Lunatic asylums Punjab 1911-1921 - 1911-1921
Year: 1911
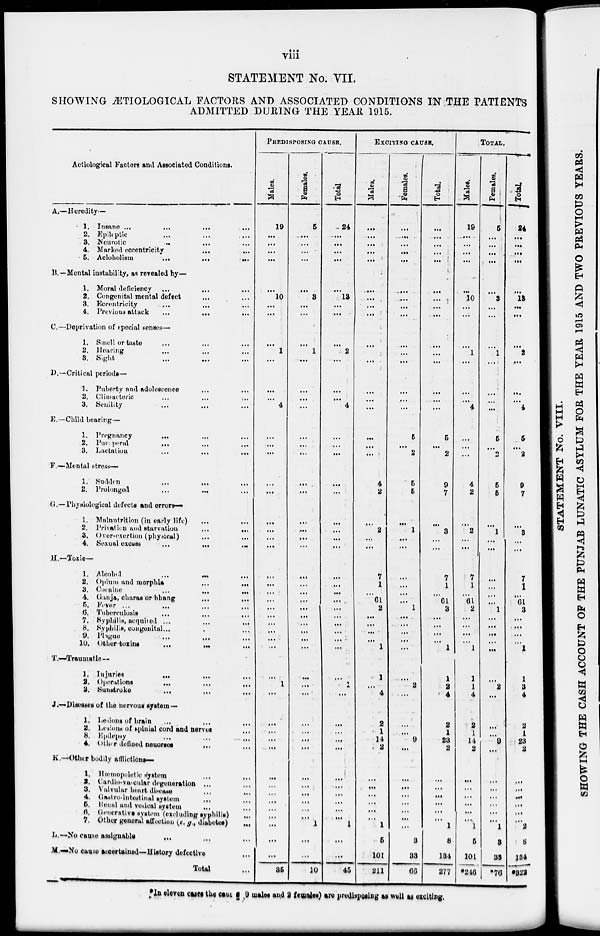
viii
STATEMENT No. VII.
SHOWING ÆTIOLOGICAL FACTORS AND ASSOCIATED CONDITIONS IN THE PATIENTS
ADMITTED DURING THE YEAR 1915.
Aetiological Factors and Associated Conditions.
A.—Heredity—
1. Insane ...
...
...
2. Epileptic ... ... ...
3. Neurotic
...
...
...
4. Marked eccentricity ... ...
6.
Alcoholism
...
...
...
B.—Mental instability, as revealed by—
1. Moral deficiency ... ... ...
2. Congenital mental defect ... ...
3. Eccentricity ... ... ...
4. Previous attack
...
...
...
C.—Deprivation of special senses—
1. Smell or taste ... ... ...
2. Hearing ... ... ...
3. Sight ... ... ...
D.—Critical periods—
1. Puberty and adolescence ... ...
2. Climacteric ... ... ...
3. Senility ... ... ...
E. —Child bearing —
1. Pregnancy ... ... ...
2. Puerperal ... ... ...
3. Lactation
...
...
...
F.—Mental stress—
1. Sudden ... ... ...
2. Prolonged
...
...
...
G.—Physiological defects and errors—
1. Malnutrition (in early life) ... ...
2. Privation and starvation ... ...
3. Over-exertion (physical) ... ...
4. Sexual excess
...
...
...
H—Toxic—
1. Alcohol ... ... ...
2. Opium and morphia
...
...
...
3. Cocaine ... ... ...
4. Ganja, charas or bhang ... ...
5. Fever ... ... ...
6. Tuberculosis ... ... ...
7. Syphilis, acquired ... ... ...
8. Syphilis, congenital ... ... ...
9. Plague ... ... ...
10. Other
toxins
...
...
...
I.—Traumatic—
1. Injuries ... ... ...
2. Operations ... ... ...
3. Sunstroke ... ... ...
J.—Diseases of the nervous system—
1. Lesions of brain ... ... ...
2. Lesions of spinial cord and nerves ... ...
3. Epilepsy ... ... ...
4. Other defined neuorses ... ... ...
K.—Other bodily afflictions—
1. Hæmopoietic System ... ... ...
2. Cardio-vascular degeneration ... ...
3. Valvular heart disease ... ... ...
4. Gastro-intestinal system ... ... ...
5. Renal and vesical system ... ... ...
6. Generative system (excluding syphilis) ... ...
7. Other general affection (e. g., diabetes) ... ...
L.—No cause assignable ... ... ...
M.—No cause ascertained—History defective ...
Total ...
PREDISPOSING CAUSE.
Males.
19
...
...
...
...
...
10
...
...
...
1
...
...
...
4
...
...
...
...
...
...
...
...
...
...
...
...
...
...
...
...
...
...
...
...
...
1
...
...
...
...
...
...
..
...
...
...
...
...
...
...
35
Females.
5
...
...
...
...
...
3
...
...
...
1
...
...
...
...
...
...
...
...
...
...
.
...
...
...
...
...
...
...
...
...
...
...
...
...
...
...
...
...
...
...
...
...
...
...
...
...
...
1
...
...
10
Total.
24
...
...
...
..
...
13
...
...
...
2
...
...
...
4
...
...
...
....
...
..
...
...
...
...
...
...
...
...
...
...
...
...
...
...
...
1
...
...
...
...
...
...
...
...
...
...
1
...
...
45
EXCITING CAUSE.
Males.
...
...
...
...
...
...
...
..
...
...
...
...
...
...
...
...
...
...
4
2
...
2
...
...
...
7
1
...
61
2
...
...
...
...
1
1
...
4
2
1
14
2
...
...
...
...
...
...
1
5
101
211
Females.
...
...
...
...
...
...
....
...
...
...
...
...
...
...
...
5
...
2
5
5
...
1
...
...
...
...
...
...
...
1
...
...
...
...
...
...
2
...
...
...
9
...
...
...
...
...
...
...
...
3
33
66
Total.
...
...
...
...
...
...
...
...
...
...
...
...
...
...
5
...
2
9
7
...
3
...
...
...
7
1
...
61
3
...
...
...
...
1
1
2
4
2
1
23
2
...
...
...
...
...
...
1
8
134
277
TOTAL.
Males.
19
...
...
...
...
...
10
...
...
...
1
...
...
...
4
...
...
...
4
2
...
2
...
...
...
7
1
...
61
2
...
...
...
...
1
1
1
4
2
1
14
2
...
...
...
...
...
...
1
5
101
*246
Females.
5
...
...
...
...
...
3
...
...
...
1
...
...
...
...
5
..
2
5
5
...
1
...
...
...
...
...
...
..
1
...
...
...
...
...
...
2
...
...
...
9
...
...
...
...
...
...
...
1
3
33
*76
Total.
24
...
...
...
...
...
13
...
...
...
2
...
...
...
4
5
...
2
9
7
...
3
...
...
...
7
1
...
61 3
...
...
...
...
1
1
3
4
2
1
23
2
...
...
...
...
...
...
2
8
134
*322
*In eleven cases the caut 9 males and 2 females) are predisposing as well as exciting.